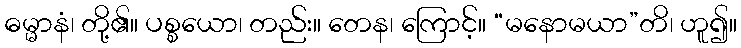
ဓမ္မာနံ၊ တို့၏။ ပစ္စယော၊ တည်း။ တေန၊ ကြောင့်။ “မနောမယာ”တိ၊ ဟူ၍။